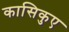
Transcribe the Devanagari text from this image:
कासिकुए